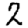
Digit: 2